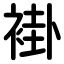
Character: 褂